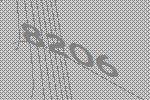
8206